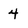
Character: 4